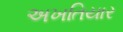
અખતિયાર